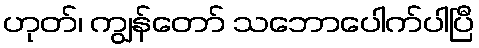
ဟုတ်၊ ကျွန်တော် သဘောပေါက်ပါပြီ